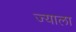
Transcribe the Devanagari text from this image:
ज्‍याला